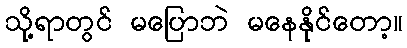
သို့ရာတွင် မပြောဘဲ မနေနိုင်တော့။